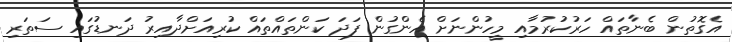
އެގޮތުން ބެނާތައް ހަރުކުރުމާއި މީހުންނަށް އެންގުން ފަދަ ކަންތައްތައް ކުރިއަށްދާއިރު ދަނޑުގައި ސަތަރި